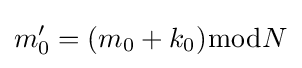
m'_{0}=(m_{0}+k_{0}){\bmod {N}}